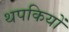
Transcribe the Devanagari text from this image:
थपकियों